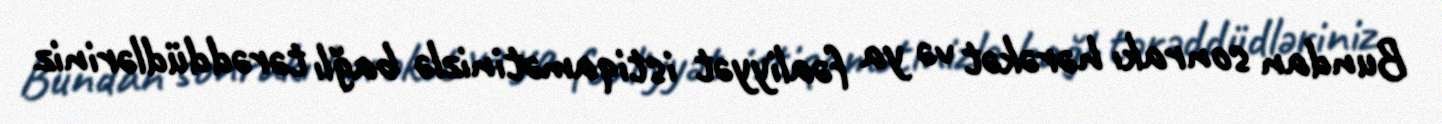
Bundan sonrakı hərəkət və ya fəaliyyət istiqamətinizlə bağlı tərəddüdləriniz